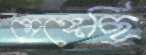
মেঙ্গেছি